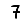
Digit: 7